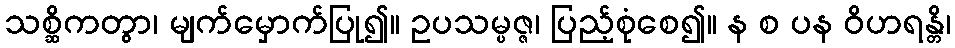
သစ္ဆိကတွာ၊ မျက်မှောက်ပြု၍။ ဥပသမ္ပဇ္ဇ၊ ပြည့်စုံစေ၍။ န စ ပန ဝိဟရန္တိ၊